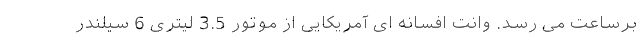
برساعت می رسد. وانت افسانه ای آمریکایی از موتور 3.5 لیتری 6 سیلندر